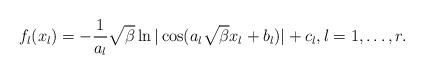
LaTeX: \begin{align*} f_l(x_l) = -\frac{1}{a_l}\sqrt{\beta}\ln|\cos(a_l\sqrt{\beta}x_l+b_l)|+c_l,l=1,\ldots , r. \end{align*}